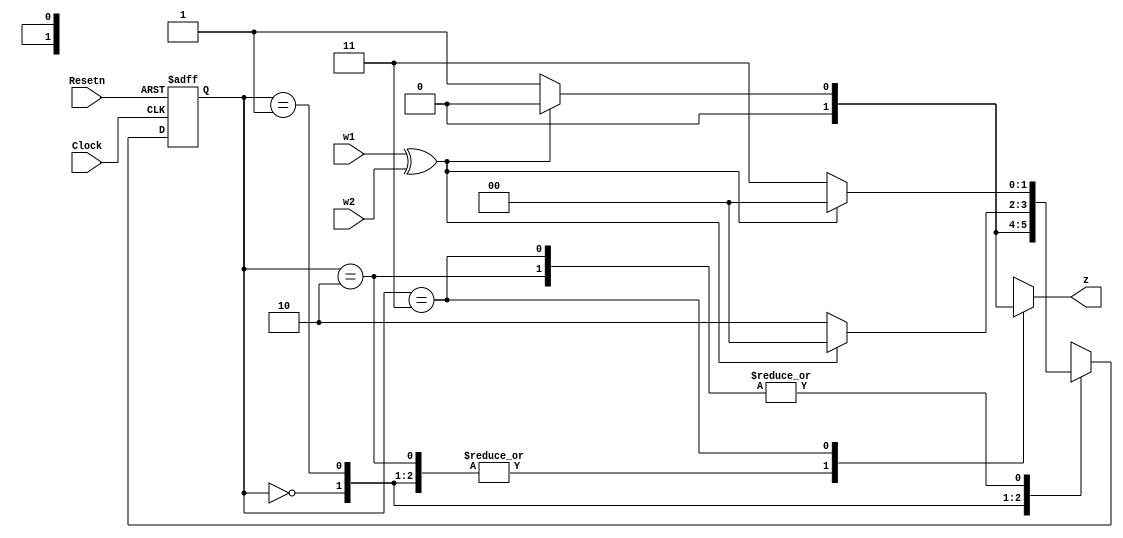
module lab03hw01(Clock, Resetn, w1, w2, z);
	input Clock, Resetn, w1, w2;
	output reg z;
	reg [2:1] y, Y;
	parameter [2:1] A = 2'b00, B = 2'b01, C = 2'b10, D = 2'b11;
	
	assign k = w1^w2;
	
	always @(k,y)
		case (y)
			A: if (k) 
					begin
						Y = A; 
						z = 0;
				    end
			   else 
					begin
						Y = B; 
						z = 0;
					end
			
			B: if (k) 
					begin
						Y = A; 
						z = 0;
					end
			    else 
					begin
						Y = C; 
						z = 0;
					end
						
			C: if (k) 
					begin
						Y = A; 
						z = 0;
					end
				else 
					begin
						Y = D; 
						z = 0;
				end
				
			D: if (k) 
					begin
						Y = A; 
						z = 0;
					end
				else 
					begin
						Y = D; 
						z = 1;
					end
		endcase
		
	always @(negedge Resetn, posedge Clock)
		if (Resetn == 0) y <= A;
		else y <= Y;
		
endmodule